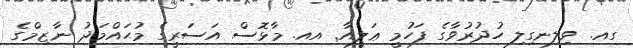
ގއ. ވިލިނގިލި ހުދުރުވާގެ ފަހުމީ ޢަލީއާ